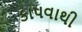
કાપવાથી